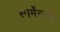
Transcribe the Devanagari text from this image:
स्पर्मेसटी